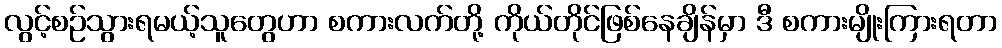
လွင့်စဉ်သွားရမယ့်သူတွေဟာ စကားလက်တို့ ကိုယ်တိုင်ဖြစ်နေချိန်မှာ ဒီ စကားမျိုးကြားရတာ